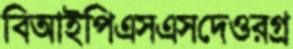
বিআইপিএসএসদেওরগ্র